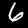
Label: 6